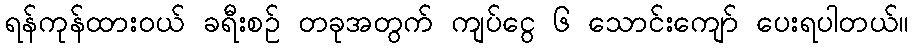
ရန်ကုန်ထားဝယ် ခရီးစဉ် တခုအတွက် ကျပ်ငွေ ၆ သောင်းကျော် ပေးရပါတယ်။